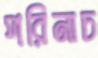
পরিনাচ